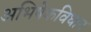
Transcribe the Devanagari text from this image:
अभिषेकविधान